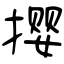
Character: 撄